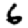
Digit: 6